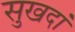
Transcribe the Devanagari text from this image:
सुखदां